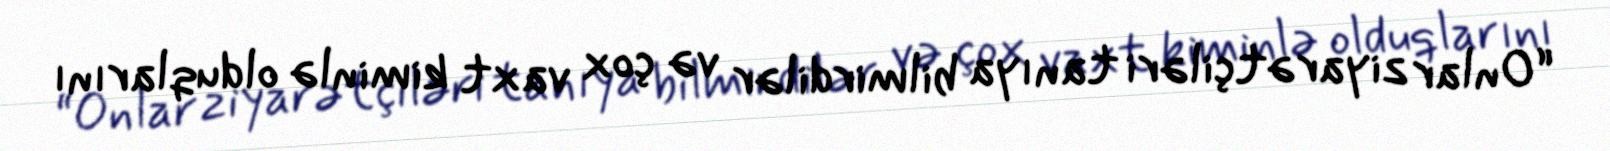
“Onlar ziyarətçiləri tanıya bilmirdilər və çox vaxt kiminlə olduqlarını